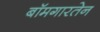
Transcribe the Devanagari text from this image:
बॉमगारतेन